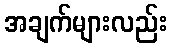
အချက်များလည်း